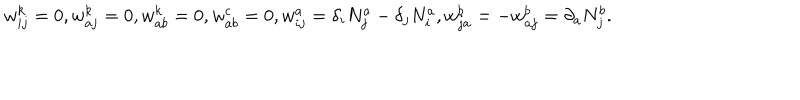
LaTeX: w _ { i j } ^ { k } = 0 , w _ { a j } ^ { k } = 0 , w _ { a b } ^ { k } = 0 , w _ { a b } ^ { c } = 0 , w _ { i j } ^ { a } = \delta _ { i } N _ { j } ^ { a } - \delta _ { j } N _ { i } ^ { a } , w _ { j a } ^ { b } = - w _ { a j } ^ { b } = \partial _ { a } N _ { j } ^ { b } .